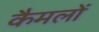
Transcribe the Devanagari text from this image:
कैमलों